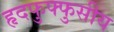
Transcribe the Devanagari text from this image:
हृदफुफ्फुसीय